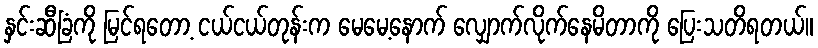
နှင်းဆီခြံကို မြင်ရတော့ ငယ်ငယ်တုန်းက မေမေ့နောက် လျှောက်လိုက်နေမိတာကို ပြေးသတိရတယ်။